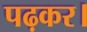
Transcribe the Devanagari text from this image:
पढ़कर।